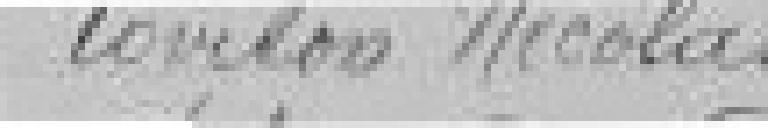
Lovidon Nicolas